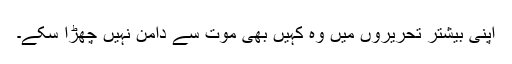
اپنی بیشتر تحریروں میں وہ کہیں بھی موت سے دامن نہیں چھڑا سکے۔